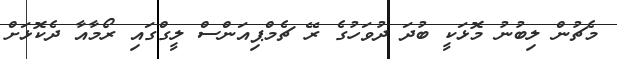
މެޗުން ލިބުނު މޮޅަކީ ބުދަ ދުވަހުގެ ރޭ ޗެމްޕިއަންސް ލީގްގައި ރޯމާއާ ދެކޮޅަށް